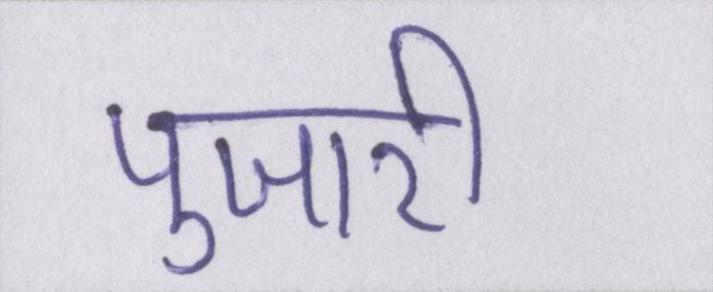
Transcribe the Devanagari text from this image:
पुजारी